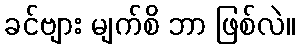
ခင်ဗျား မျက်စိ ဘာ ဖြစ်လဲ။